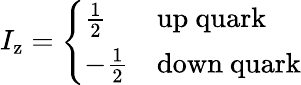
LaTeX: I_{\mathrm{z}}={\left\{ \begin{array}{ll}{{\frac{1}{2}}}&{{\mathrm{up~quark}}}\\ {-{\frac{1}{2}}}&{{\mathrm{down~quark}}}\end{array}\right.}